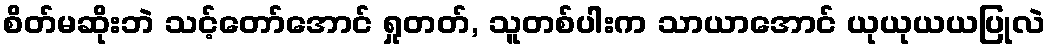
စိတ်မဆိုးဘဲ သင့်တော်အောင် ရှုတတ်, သူတစ်ပါးက သာယာအောင် ယုယုယယပြုလဲ